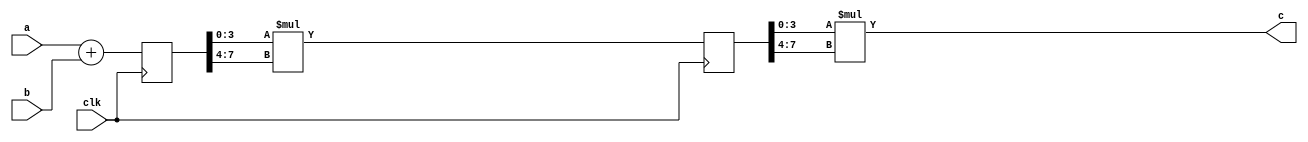
module test1( a, b, c, clk );
    input  [7:0] a;
    input  [7:0] b;
    input        clk;
    output [7:0] c;

    reg    [7:0] p1, next_p1;
    reg    [7:0] p2, next_p2;


    always@(*) begin
        next_p1 = a + b;
    end

    always@(*) begin
        next_p2 = { 4'b0, p1[3:0] } * { 4'b0, p1[7:4] }; 
    end

    assign c = { 4'b0, p2[3:0] } * { 4'b0, p2[7:4] };

    always@( posedge clk )begin 
        p1 = next_p1;
        p2 = next_p2;
    end


endmodule